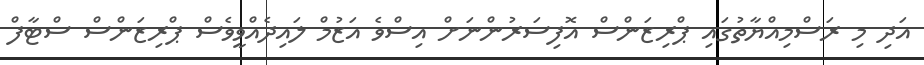
އަދި މި ރަސްމިއްޔާތުގައި ޕްރިޒަންސް އޮފިސަރުންނަށް އިސްވެ އަޒުމް ލައިދެއްވީވެސް ޕްރިޒަންސް ސްޓާފް